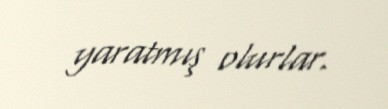
yaratmış olurlar.